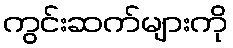
ကွင်းဆက်များကို